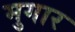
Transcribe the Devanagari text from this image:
मुगार